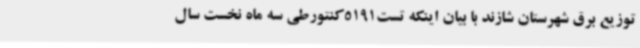
توزیع برق شهرستان شازند با بیان اینکه تست5191کنتورطی سه ماه نخست سال